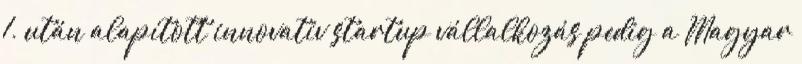
1. után alapított innovatív startup vállalkozás pedig a Magyar